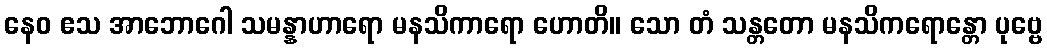
နေဝ ဧသ အာဘောဂေါ သမန္နာဟာရော မနသိကာရော ဟောတိ။ သော တံ သန္တတော မနသိကရောန္တော ပုဗ္ဗေ